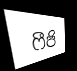
ෆීජි